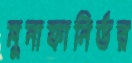
মুনাফানির্ভর